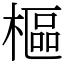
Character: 樞